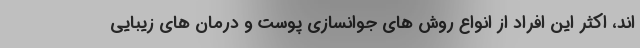
اند، اکثر این افراد از انواع روش های جوانسازی پوست و درمان های زیبایی